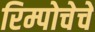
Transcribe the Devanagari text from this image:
रिम्पोचेचे